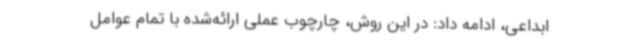
ابداعی، ادامه داد: در این روش، چارچوب عملی ارائه‌شده با تمام عوامل